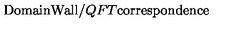
\mathrm { D o m a i n W a l l } / Q F T \mathrm { c o r r e s p o n d e n c e }